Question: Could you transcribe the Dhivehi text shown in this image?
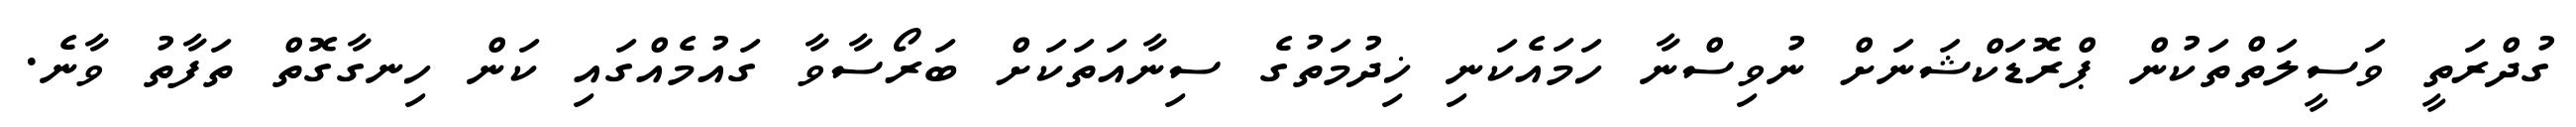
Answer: ގުދްރަތީ ވަސީލަތްތަކުން ޕްރޮޑަކްޝަނަށް ނުވިސްނާ ހަމައެކަނި ޚިދުމަތުގެ ސިނާއަތަކަށް ބަރޯސާވާ ގައުމެއްގައި ކަން ހިނގާގޮތް ތަފާތު ވާނެ.